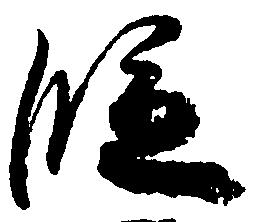
段